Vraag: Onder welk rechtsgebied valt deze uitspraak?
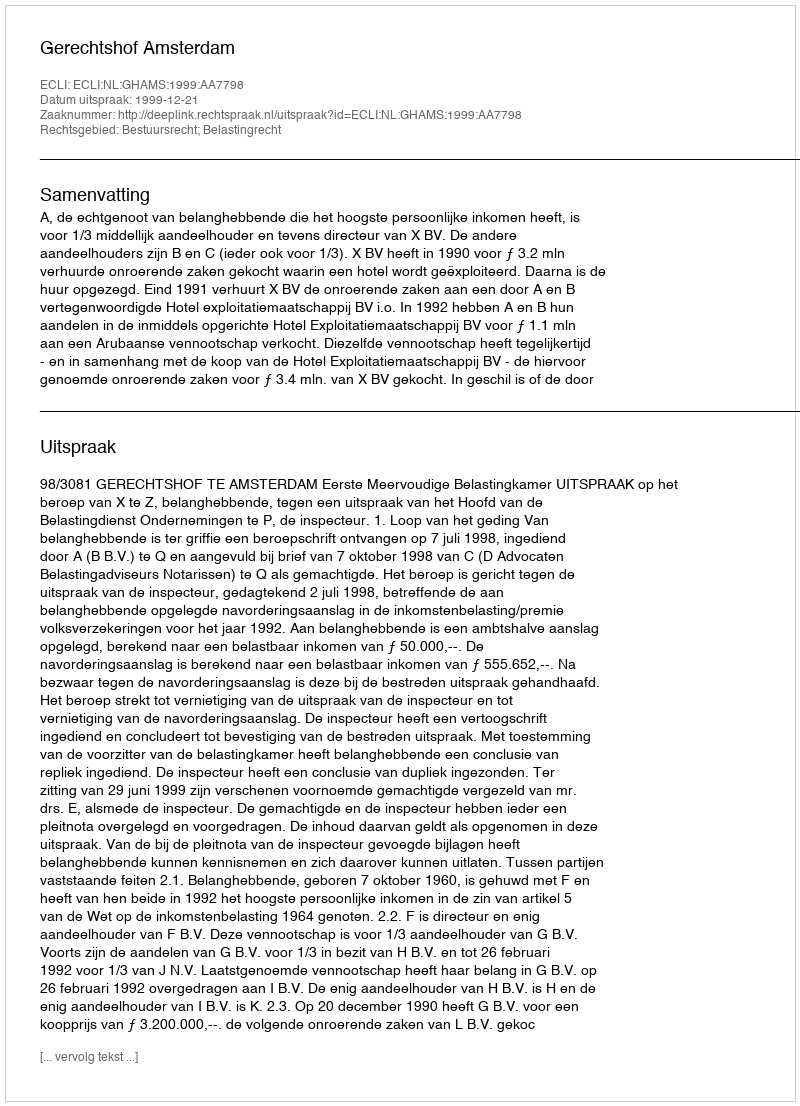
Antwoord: Bestuursrecht; Belastingrecht